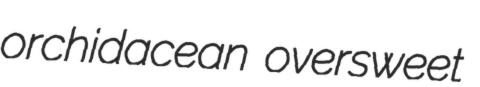
orchidacean oversweet